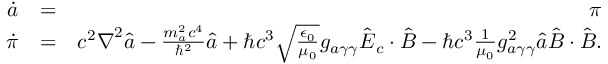
\begin{array} { r l r } { \dot { a } } & { = } & { \pi } \\ { \dot { \pi } } & { = } & { c ^ { 2 } \boldsymbol \nabla ^ { 2 } \hat { a } - \frac { m _ { a } ^ { 2 } c ^ { 4 } } { \hbar ^ { 2 } } \hat { a } + \hbar c ^ { 3 } \sqrt { \frac { \epsilon _ { 0 } } { \mu _ { 0 } } } g _ { a \gamma \gamma } \hat { \boldsymbol E } _ { c } \cdot \hat { \boldsymbol B } - \hbar c ^ { 3 } \frac { 1 } { \mu _ { 0 } } g _ { a \gamma \gamma } ^ { 2 } \hat { a } \hat { \boldsymbol B } \cdot \hat { \boldsymbol B } . } \end{array}